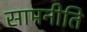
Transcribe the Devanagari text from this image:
सामनीति